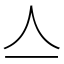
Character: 亼